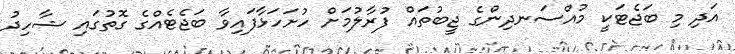
އަދި މި ބަޖެޓަކީ މުއްސަނދިންގެ ޖީބުތައް ފުރާލުމަށް ހުށަހަޅާފައިވާ ބަޖެޓެއްގެ ގޮތުގައި ޝާހިދު